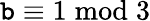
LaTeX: \mathtt{b}\equiv1{\bmod{3}}